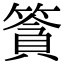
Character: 𥱷